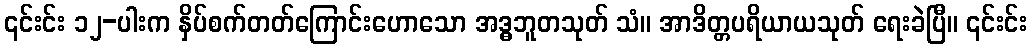
၎င်းင်း ၁၂-ပါးက နှိပ်စက်တတ်ကြောင်းဟောသော အဒ္ဓဘူတသုတ် သံ။ အာဒိတ္တပရိယာယသုတ် ရေးခဲပြီ။ ၎င်းင်း